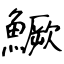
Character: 鱖